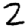
Digit: 2